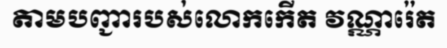
តាមបញ្ជារបស់លោកកើត វណ្ណារ៉េត